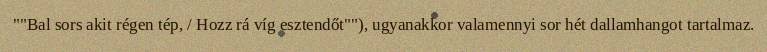
""Bal sors akit régen tép, / Hozz rá víg esztendőt""), ugyanakkor valamennyi sor hét dallamhangot tartalmaz.